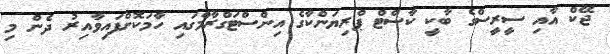
ޖޭކް އާއި ސީރީސްގެ ބާކީ ކާސްޓް ޕްރިޔަންކާގެ އިންސްޓަގްރާމްގައި ހާމަކޮށްފައިވާއިރު ދެން މި